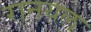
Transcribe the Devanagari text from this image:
रानयल